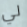
لي